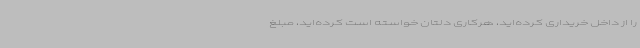
را از داخل خریداری کرده‌اید، هرکاری دلتان خواسته است کرده‌اید، مبلغ